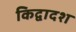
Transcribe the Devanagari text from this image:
किद्वादश